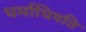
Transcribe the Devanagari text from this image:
धर्माधिपति